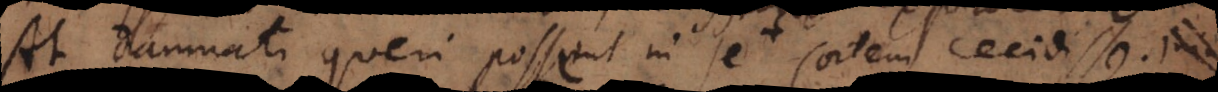
At damnati queri possent in se sortem cecidisse.